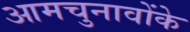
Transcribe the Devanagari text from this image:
आमचुनावोंके